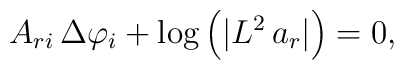
A_{ri}\,\Delta\varphi_i + \log\left(\vert L^2\,a_r \vert\right) = 0,